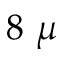
8 \ \mu